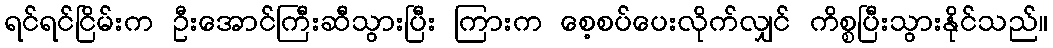
ရင်ရင်ငြိမ်းက ဦးအောင်ကြီးဆီသွားပြီး ကြားက စေ့စပ်ပေးလိုက်လျှင် ကိစ္စပြီးသွားနိုင်သည်။